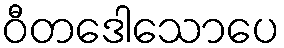
ဝီတဒေါသောပေ